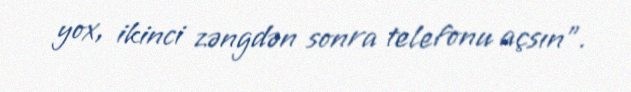
yox, ikinci zəngdən sonra telefonu açsın”.